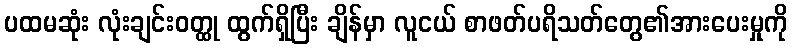
ပထမဆုံး လုံးချင်းဝတ္ထု ထွက်ရှိပြီး ချိန်မှာ လူငယ် စာဖတ်ပရိသတ်တွေ၏အားပေးမှုကို